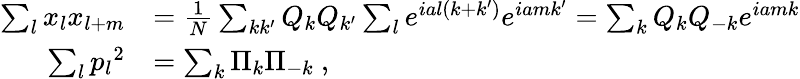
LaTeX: {\begin{array}{rl}{\sum_{l}x_{l}x_{l+m}}&{={\frac{1}{N}}\sum_{kk^{\prime}}Q_{k}Q_{k^{\prime}}\sum_{l}e^{ial\left(k+k^{\prime}\right)}e^{iamk^{\prime}}=\sum_{k}Q_{k}Q_{-k}e^{iamk}}\\ {\sum_{l}{p_{l}}^{2}}&{=\sum_{k}\Pi_{k}\Pi_{-k}~,}\end{array}}